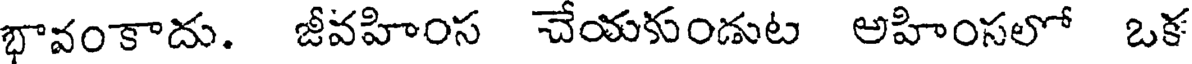
భావంకాదు. జీవహింస చేయకుండుట అహింసలో ఒక